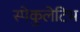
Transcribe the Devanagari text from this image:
स्पेकुलेटिभ